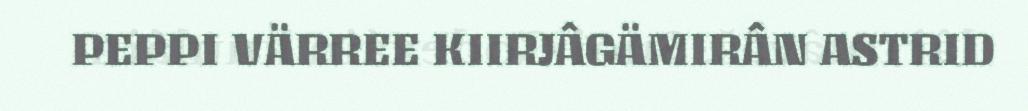
PEPPI VÄRREE KIIRJÂGÄMIRÂN ASTRID